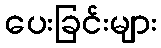
ပေးခြင်းများ